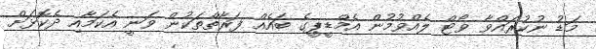
މަޑު ނުކުރައްވާ ވޯޓް ލެއްވުމުން އެމްޑީޕީގެ ބައެއް ފަރާތްތަކުން ވަނީ އެކަމާއި ދެކޮޅަށް